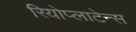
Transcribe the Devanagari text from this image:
रियोप्लाटेन्स